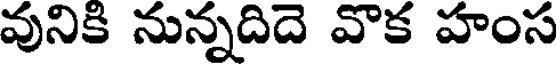
వునికి నున్నదిదె వొక హంస